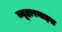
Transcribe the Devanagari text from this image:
ब्यूहारनाइस